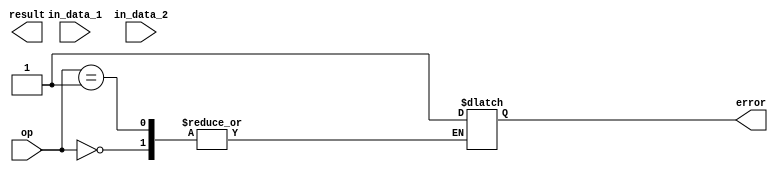
module quadruple_precision_floating_point_unit(
  input [127:0] in_data_1,
  input [127:0] in_data_2,
  input [3:0] op,
  output reg [127:0] result,
  output reg error
);

reg [127:0] mantissa_1, mantissa_2, mantissa_result;
reg [15:0] exponent_1, exponent_2, exponent_result;
reg [1:0] round_type;

// Separate mantissa and exponent for both input data
always @(in_data_1) begin
  mantissa_1 = in_data_1[126:0];
  exponent_1 = in_data_1[127:112];
end

always @(in_data_2) begin
  mantissa_2 = in_data_2[126:0];
  exponent_2 = in_data_2[127:112];
end

// Perform arithmetic operations based on op code
always @(op, mantissa_1, mantissa_2, exponent_1, exponent_2) begin
  case(op)
    4'b0000: begin // Addition
      // Perform addition logic here
      mantissa_result = mantissa_1 + mantissa_2;
      exponent_result = exponent_1; // Assume equal exponent for now
    end
    4'b0001: begin // Subtraction
      // Perform subtraction logic here
      mantissa_result = mantissa_1 - mantissa_2;
      exponent_result = exponent_1; // Assume equal exponent for now
    end
    // Add cases for multiplication, division, and other operations
    default: begin
      error = 1; // Set error flag for invalid operation
    end
  endcase
end

// Perform rounding and normalization
always @(mantissa_result, exponent_result) begin
  // Perform rounding and normalization logic here
  // Update result based on rounding type
  case(round_type)
    // Add cases for different rounding types
  endcase
end

endmodule